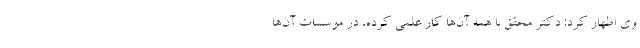
وی اظهار کرد: دکتر محقق با همه آن‌ها کار علمی کرده، در موسسات آن‌ها